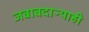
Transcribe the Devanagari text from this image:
जबाबदाऱ्याही